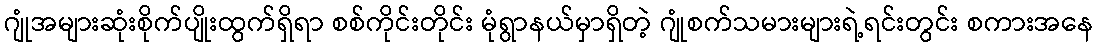
ဂျုံအများဆုံးစိုက်ပျိုးထွက်ရှိရာ စစ်ကိုင်းတိုင်း မုံရွာနယ်မှာရှိတဲ့ ဂျုံစက်သမားများရဲ့ရင်းတွင်း စကားအနေ